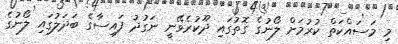
މި މަސައްކަތް ކުރުމަށް ލޯނުގެ ގޮތުގައި ދޫކުރެވޭނީ ނަގުދު ފައިސާގެ ބަދަލުގައި ލޯނުގެ